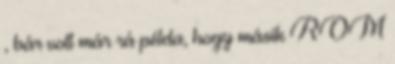
, bár volt már rá példa, hogy másik ROM